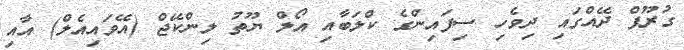
ގުރޫޕް ދޭއްގައި ދިވެހި ސިފައިންގެ ކްލަބާއި އޯލް ޔޫތު ލިންކޭޖް (އޭވައިއެލް) އާއި